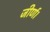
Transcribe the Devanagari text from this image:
जीर्ण।